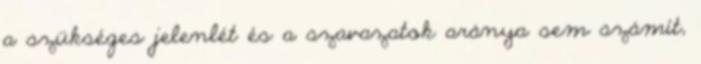
a szükséges jelenlét és a szavazatok aránya sem számít,